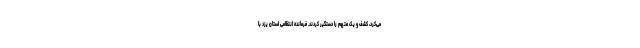
می‌کرد، کشف و یک متهم را دستگیر کردند. فرمانده انتظامی استان یزد با